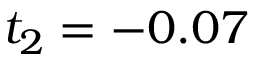
t _ { 2 } = - 0 . 0 7